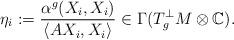
LaTeX: \begin{align*} \eta_i:=\frac{\alpha^g(X_i,X_i)}{\langle AX_i,X_i\rangle}\in\Gamma(T^\perp_g M\otimes\mathbb{C}).\end{align*}